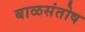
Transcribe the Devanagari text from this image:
बाळसंतोष